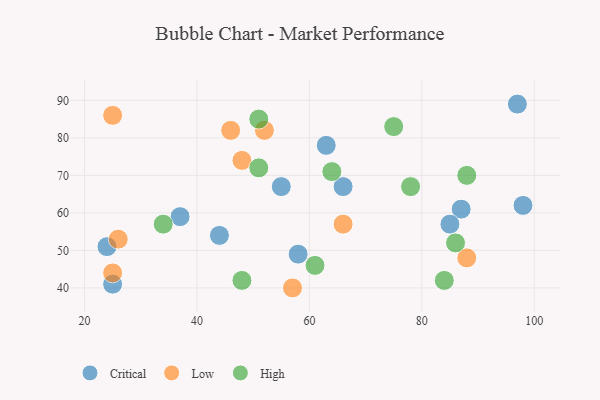
{"axis": {"x": "GDP", "y": "Life Expectancy"}, "legend": ["Critical", "High", "Low"], "data": [{"x": "87", "y": 61, "type": "Critical"}, {"x": "37", "y": 59, "type": "Critical"}, {"x": "98", "y": 62, "type": "Critical"}, {"x": "25", "y": 41, "type": "Critical"}, {"x": "63", "y": 78, "type": "Critical"}, {"x": "66", "y": 67, "type": "Critical"}, {"x": "85", "y": 57, "type": "Critical"}, {"x": "44", "y": 54, "type": "Critical"}, {"x": "55", "y": 67, "type": "Critical"}, {"x": "97", "y": 89, "type": "Critical"}, {"x": "58", "y": 49, "type": "Critical"}, {"x": "24", "y": 51, "type": "Critical"}, {"x": "46", "y": 82, "type": "Low"}, {"x": "48", "y": 74, "type": "Low"}, {"x": "66", "y": 57, "type": "Low"}, {"x": "88", "y": 48, "type": "Low"}, {"x": "57", "y": 40, "type": "Low"}, {"x": "25", "y": 44, "type": "Low"}, {"x": "25", "y": 86, "type": "Low"}, {"x": "52", "y": 82, "type": "Low"}, {"x": "26", "y": 53, "type": "Low"}, {"x": "84", "y": 42, "type": "High"}, {"x": "48", "y": 42, "type": "High"}, {"x": "51", "y": 85, "type": "High"}, {"x": "88", "y": 70, "type": "High"}, {"x": "51", "y": 72, "type": "High"}, {"x": "75", "y": 83, "type": "High"}, {"x": "34", "y": 57, "type": "High"}, {"x": "64", "y": 71, "type": "High"}, {"x": "78", "y": 67, "type": "High"}, {"x": "86", "y": 52, "type": "High"}, {"x": "61", "y": 46, "type": "High"}]}